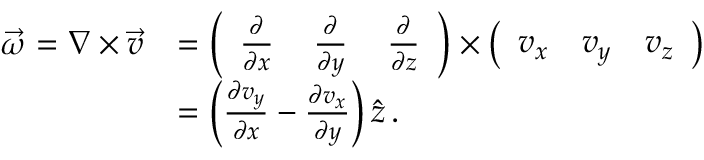
{ \begin{array} { r l } { { \vec { \omega } } = \nabla \times { \vec { v } } } & { = { \left( \begin{array} { l l l } { { \frac { \partial } { \partial x } } } & { \, { \frac { \partial } { \partial y } } } & { \, { \frac { \partial } { \partial z } } } \end{array} \right) } \times { \left( \begin{array} { l l l } { v _ { x } } & { v _ { y } } & { v _ { z } } \end{array} \right) } } \\ & { = \left( { \frac { \partial v _ { y } } { \partial x } } - { \frac { \partial v _ { x } } { \partial y } } \right) { \hat { z } } \, . } \end{array} }